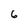
Character: 6